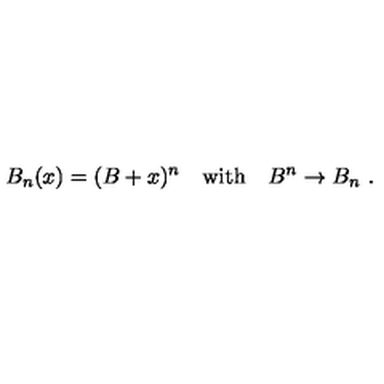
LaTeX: B _ { n } ( x ) = ( B + x ) ^ { n } \quad \mathrm { w i t h } \quad B ^ { n } \rightarrow B _ { n } \ .